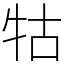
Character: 牯